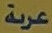
عربة